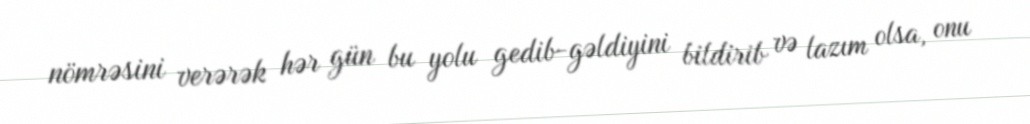
nömrəsini verərək hər gün bu yolu gedib-gəldiyini bildirib və lazım olsa, onu